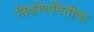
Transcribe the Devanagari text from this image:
त्रिकोणमितीचा